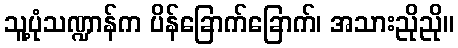
သူ့ပုံသဏ္ဍာန်က ပိန်ခြောက်ခြောက်၊ အသားညိုညို။